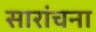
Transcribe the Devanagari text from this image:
सारांचना